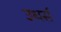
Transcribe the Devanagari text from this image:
उथर्स